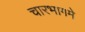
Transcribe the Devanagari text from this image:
चारभागमे